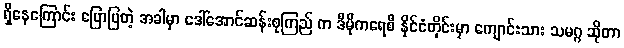
ရှိနေကြောင်း ပြောပြတဲ့ အခါမှာ ဒေါ်အောင်ဆန်းစုကြည် က ဒီမိုကရေစီ နိုင်ငံတိုင်းမှာ ကျောင်းသား သမဂ္ဂ ဆိုတာ